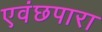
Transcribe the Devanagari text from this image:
एवंछपारा